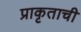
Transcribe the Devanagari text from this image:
प्राकृताची